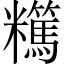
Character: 𥽪